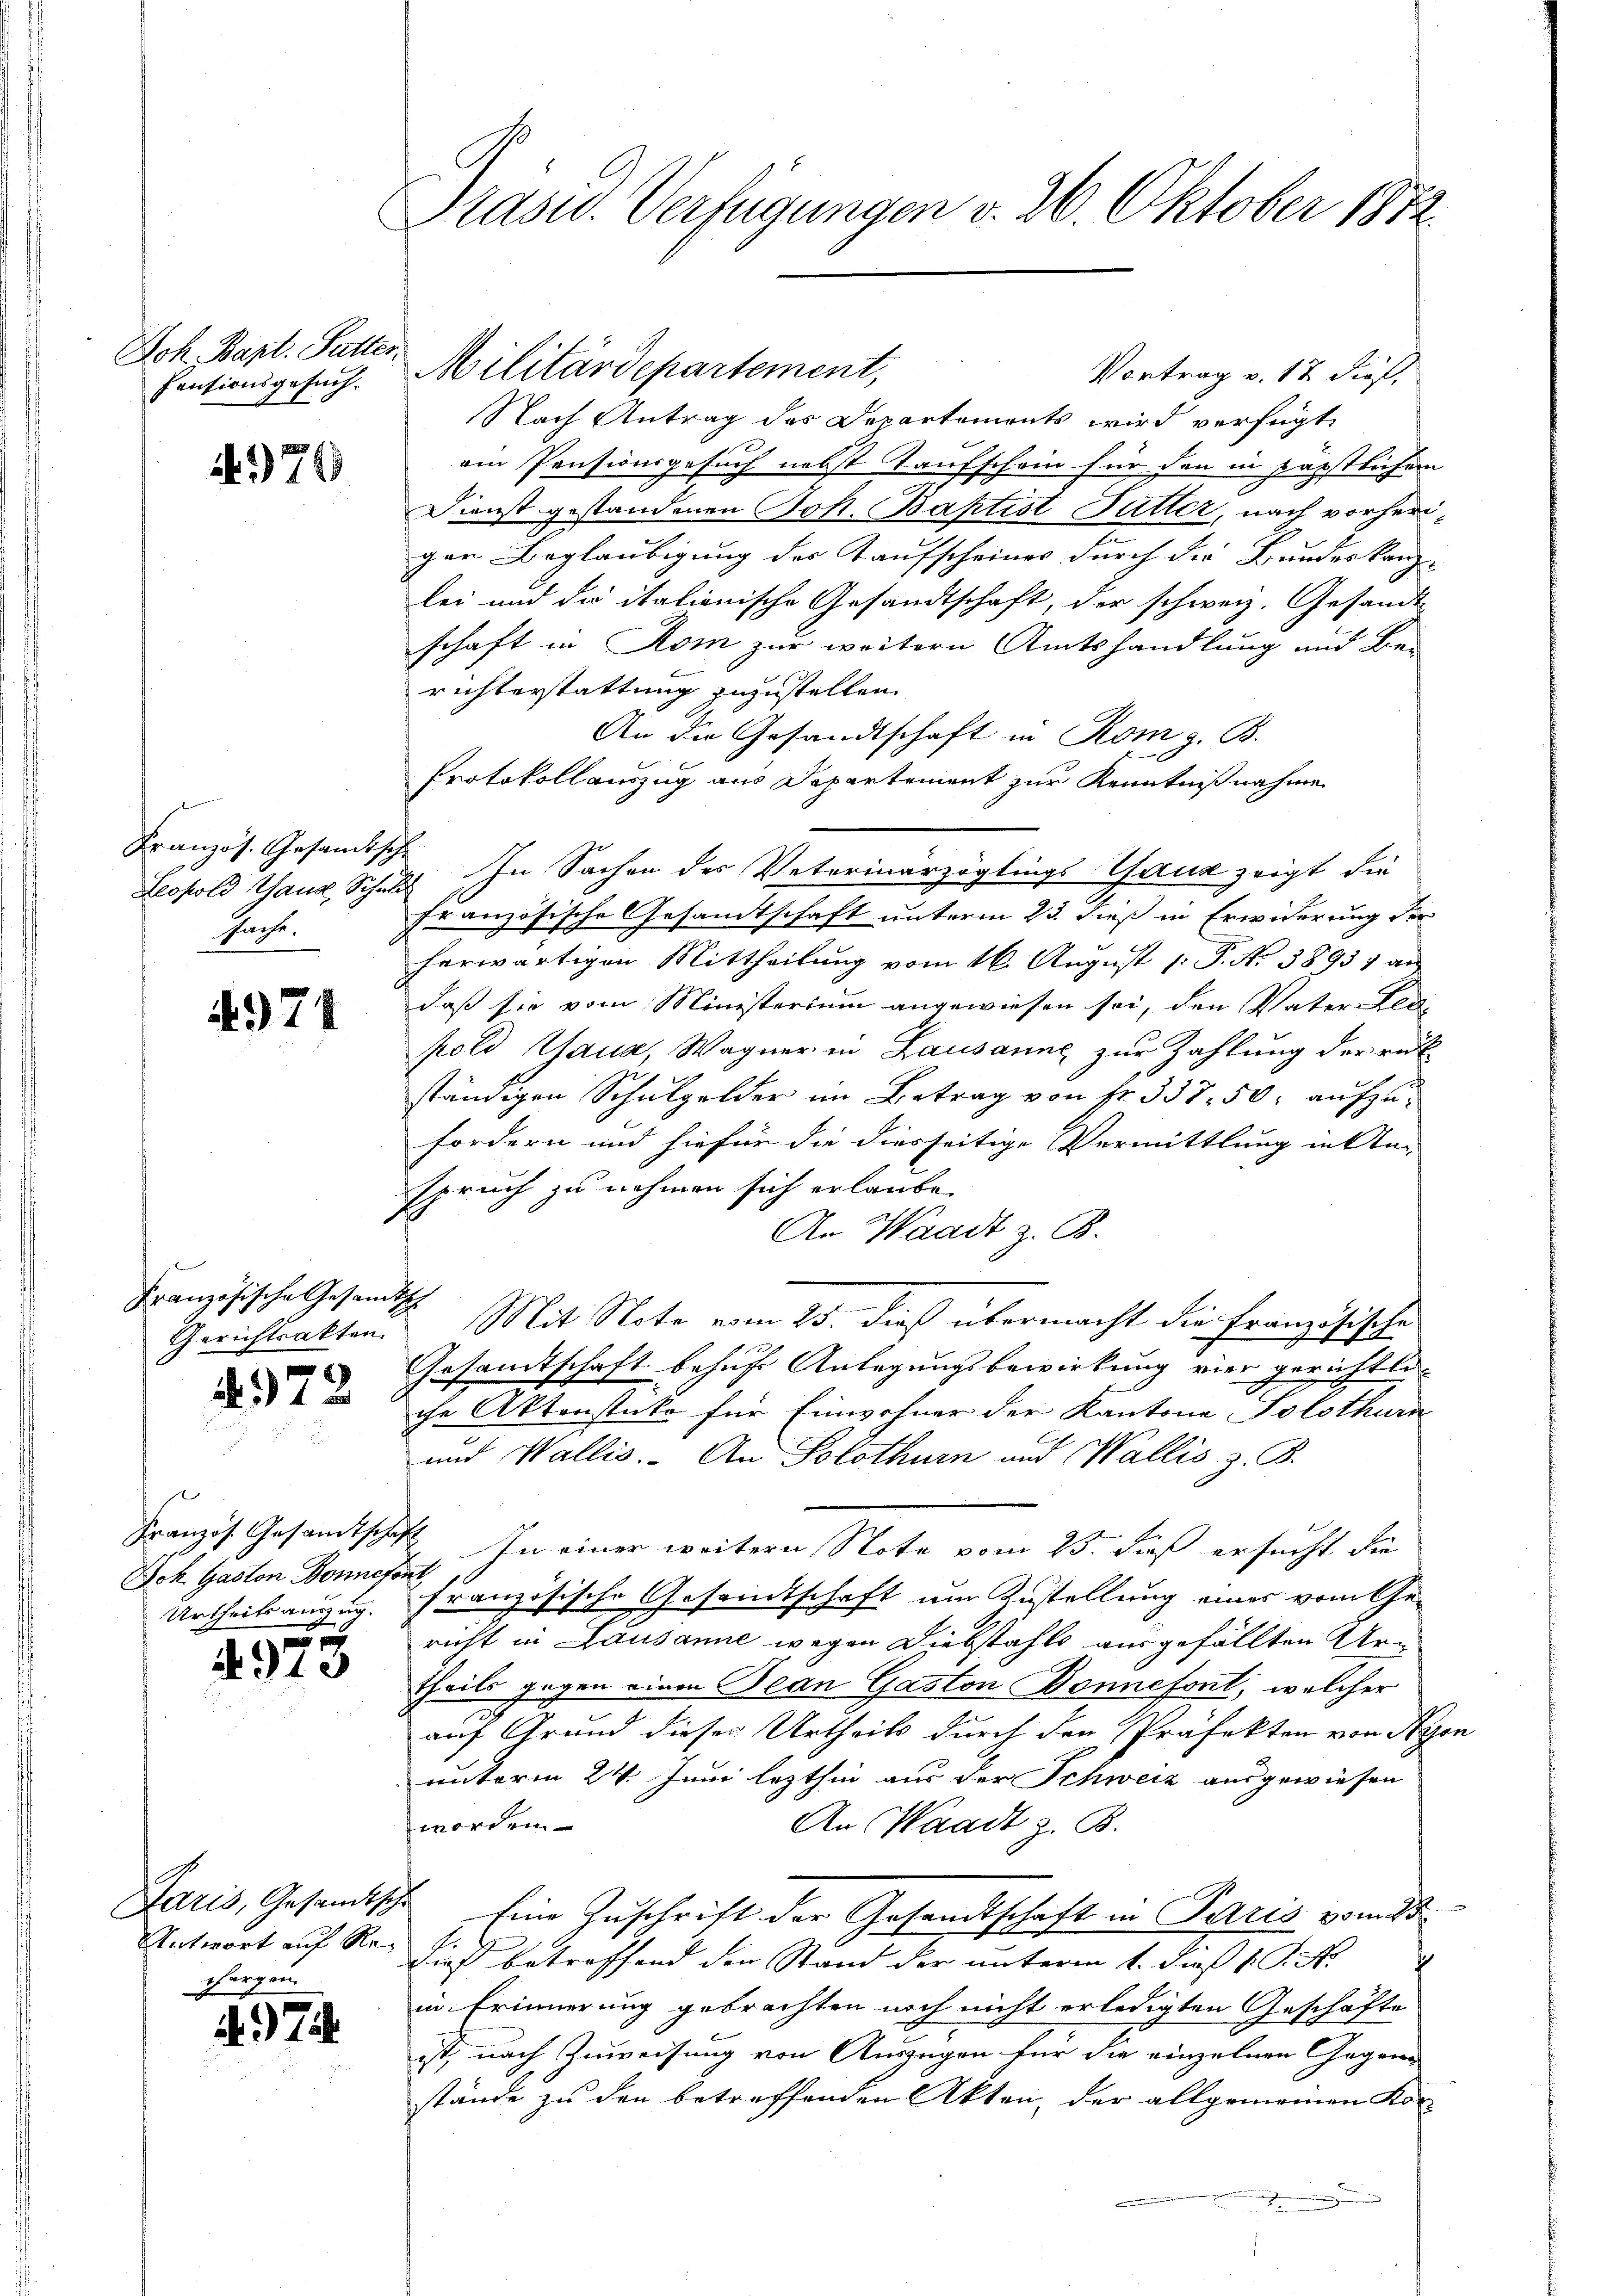
Joh. Bapt. Sutter,
Fentionsgesuch.

1970

Französ. Gesandtsch
Leopold Haus, Schul
sache.

4974

472

t
Französ. Gesamtschaft
Jok. Gaston Bonnefo
Urtheils auszug.
e

2910

Jaris, Gesandtsche
Antwort auf Rechargen.

7

Präsid. Verfügungen v. 26. Oktober 1872

Militärdepartement,

Französische Gesandts
Gerichtsakten.

Nach Antrag des Departements wird verfügt,
ain Pensionsgesuch nebst Taufschein für den in päpstlichem
Dienst gestandenen Joh. Baptist Fütter, nach vorheriger Beglaubigung des Kaufscheines durch die Bundeskanz-
lei und die itationische Gesandtschaft, der schweiz. Gesandt
schaft in Rom zur weitern Amtshandlung und Be-
richterstattung zuzustellen
An die Gesandtschaft in Rom z. B.
Protokoll auszug aus Departement zur Kenntnißnahme
 In Sachen des Votorinarzöglings Thann zeigt die
französische Gesandtschaft unterm 23. dieß in Erwiderung der
herwärtigen Mittheilung vom 16. August l. J. No 38931 an
daß sie vom Ministerium angewiesen sei, den Vater Ele-
pold Haus, Wagner in Lausanne zur Zahlung der rück
ständigen Schulgelder im Betrag von Fr. 337. 50. aufzufordern und hiefür die diesseitige Vermittlung in Stei
spruch zu nehmen sich erlaube.
An Waadt z. B.
Mit Note vom 25. dieß übermacht die Französische
Gesandtschaft behufe Anlegungsbewirkung vier gerichtli
che Aktenstüke für Einwohner der Kantone Solothurn
und Wallis. An Solothurn auf Wallis z. B.
In einer weitern Note vom 25. dieß ersucht, die
2
französische Gesandtschaft um Zustellung eines vom Gericht in Lausanne wegen Diebstahls ausgefällten Ur-
theils gegen einen Bean Gaston Bonnefont, welcher
auf Grund dieser Urtheils durch den Präfekten von Nyo
unterm 24. Juni lezthin aus der Schweiz ausgewiesen
worden
An Waadt z. B.
Eine Zuschrift der Gesandtschaft in Paris vom 25.
4.
Dieß betreffend den Stand der unterm 1. dieß P. R.
in Erinnerung gebrachten noch nicht erledigten Geschäfte
ist, nach Zuweisung von Auszügen für die einzelnen Gegenstände zu den betreffenden Akten, der allgemeinen Kor-

a

Vortrag v. 17 dieß,